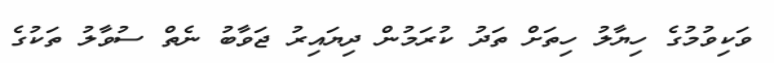
ވަކިވުމުގެ ހިޔާލު ހިތަށް ތަދު ކުރަމުން ދިޔައިރު ޖަވާބު ނެތް ސުވާލު ތަކުގެ